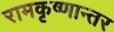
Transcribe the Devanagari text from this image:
रामकृष्णान्तर